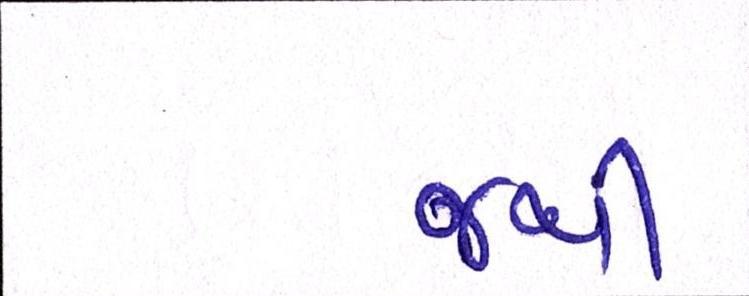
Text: જથી